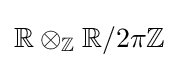
\mathbb {R} \otimes _{\mathbb {Z} }\mathbb {R} /2\pi \mathbb {Z}